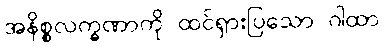
အနိစ္စလက္ခဏာကို ထင်ရှားပြသော ဂါထာ